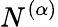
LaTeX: N^{(\alpha)}